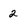
Character: 2